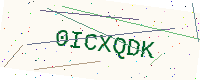
Text: 0ICXQDK